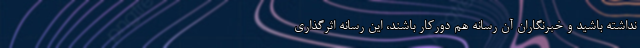
نداشته باشید و خبرنگاران آن رسانه هم دورکار باشند، این رسانه اثرگذاری